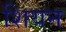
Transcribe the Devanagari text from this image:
शियन